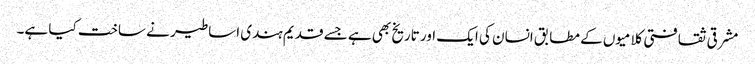
مشرقی ثقافتی کلامیوں کے مطابق انسان کی ایک اور تاریخ بھی ہے جسے قدیم ہندی اساطیر نے ساخت کیا ہے۔